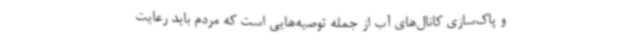
و پاک‌سازی کانال‌های آب از جمله توصیه‌هایی است که مردم باید رعایت